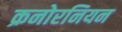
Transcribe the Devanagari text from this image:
क्रनोरनियन